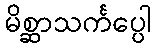
မိစ္ဆာသင်္ကပ္ပေါ